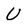
Character: U